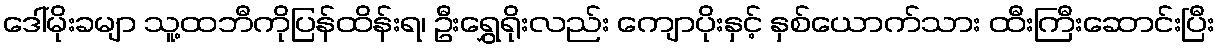
ဒေါ်မိုးခမျာ သူ့ထဘီကိုပြန်ထိန်းရ၊ ဦးရွှေရိုးလည်း ကျောပိုးနှင့် နှစ်ယောက်သား ထီးကြီးဆောင်းပြီး